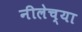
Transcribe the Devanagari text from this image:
नीलेच्या